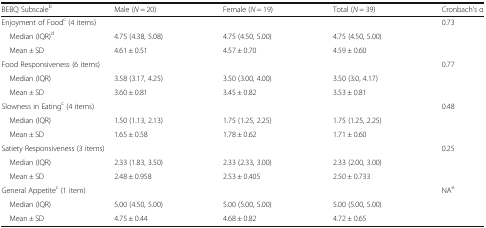
<table><thead><tr><td><b>BEBQ Subscale<sup>b</sup></b></td><td><b>Male (<i>N</i> = 20)</b></td><td><b>Female (<i>N</i> = 19)</b></td><td><b>Total (<i>N</i> = 39)</b></td><td><b>Cronbach’s α</b></td></tr></thead><tbody><tr><td colspan="4">Enjoyment of Food<sup>c</sup> (4 items)</td><td>0.73</td></tr><tr><td> Median (IQR)<sup>d</sup></td><td>4.75 (4.38, 5.08)</td><td>4.75 (4.50, 5.00)</td><td>4.75 (4.50, 5.00)</td><td rowspan="2"></td></tr><tr><td> Mean ± SD</td><td>4.61 ± 0.51</td><td>4.57 ± 0.70</td><td>4.59 ± 0.60</td></tr><tr><td colspan="4">Food Responsiveness (6 items)</td><td>0.77</td></tr><tr><td> Median (IQR)</td><td>3.58 (3.17, 4.25)</td><td>3.50 (3.00, 4.00)</td><td>3.50 (3.0, 4.17)</td><td rowspan="2"></td></tr><tr><td> Mean ± SD</td><td>3.60 ± 0.81</td><td>3.45 ± 0.82</td><td>3.53 ± 0.81</td></tr><tr><td colspan="4">Slowness in Eating<sup>c</sup> (4 items)</td><td>0.48</td></tr><tr><td> Median (IQR)</td><td>1.50 (1.13, 2.13)</td><td>1.75 (1.25, 2.25)</td><td>1.75 (1.25, 2.25)</td><td rowspan="2"></td></tr><tr><td> Mean ± SD</td><td>1.65 ± 0.58</td><td>1.78 ± 0.62</td><td>1.71 ± 0.60</td></tr><tr><td colspan="4">Satiety Responsiveness (3 items)</td><td>0.25</td></tr><tr><td> Median (IQR)</td><td>2.33 (1.83, 3.50)</td><td>2.33 (2.33, 3.00)</td><td>2.33 (2.00, 3.00)</td><td rowspan="2"></td></tr><tr><td> Mean ± SD</td><td>2.48 ± 0.958</td><td>2.53 ± 0.405</td><td>2.50 ± 0.733</td></tr><tr><td colspan="4">General Appetite<sup>c</sup> (1 item)</td><td>NA<sup>e</sup></td></tr><tr><td> Median (IQR)</td><td>5.00 (4.50, 5.00)</td><td>5.00 (5.00, 5.00)</td><td>5.00 (5.00, 5.00)</td><td rowspan="2"></td></tr><tr><td> Mean ± SD</td><td>4.75 ± 0.44</td><td>4.68 ± 0.82</td><td>4.72 ± 0.65</td></tr></tbody></table>